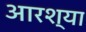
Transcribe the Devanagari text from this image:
आरश्या